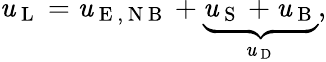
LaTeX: \mathit{u}_{\mathrm{{~L~}}}=\mathit{u}_{\mathrm{{~E~,~N~B~}}}+\underbrace{{\mathit{u}_{\mathrm{{~S~}}}+\mathit{u}_{\mathrm{{~B~}}}}}_{\mathit{u}_{\mathrm{{~D~}}}},